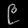
Digit: ၉